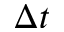
\Delta t